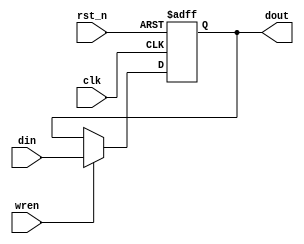
module cpu_reg8_ne(clk, rst_n, din, wren, dout);

        input           clk;    // System clk
        input           rst_n;  // System Reset
        input   [7:0]  	din;    // Data input
        input           wren; // Enable Register
        output  [7:0]  	dout;   // Data Output

        reg     [7:0]  	dout;

        always@(negedge clk or negedge rst_n)
        begin
                if(~rst_n)    	dout<=8'b0;
                else if(wren)	dout<=din;
                else 		dout<=dout;
        end


endmodule